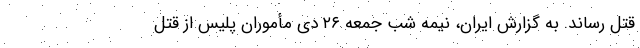
قتل رساند. به گزارش ایران، نیمه شب جمعه ۲۶ دی مأموران پلیس از قتل